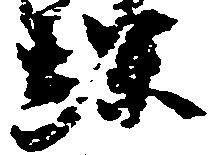
螺